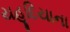
યહૂદિયાના